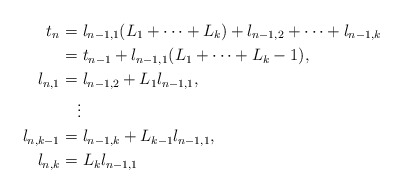
\begin{align*}t_{n}=&\ l_{n-1,1}(L_1+\dots+L_k)+l_{n-1,2}+\dots+l_{n-1,k}\\=&\ t_{n-1}+l_{n-1,1}(L_1+\dots+L_k-1),\\l_{n,1}=&\ l_{n-1,2}+L_1l_{n-1,1},\\&\vdots\\l_{n,k-1}=&\ l_{n-1,k}+L_{k-1}l_{n-1,1},\\l_{n,k}=&\ L_{k}l_{n-1,1}\end{align*}